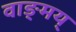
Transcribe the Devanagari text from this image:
वाङ्मय्